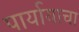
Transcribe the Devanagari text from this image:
पार्यायाचा